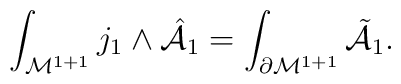
\int_{{\cal M}^{1+1}} j_1 \wedge{\hat {\cal A}}_1  =\int_{\partial {\cal M}^{1+1}} {\tilde {\cal A}}_1.